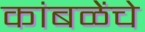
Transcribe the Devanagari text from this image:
कांबळेेंचे